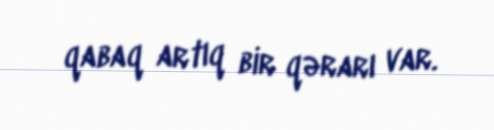
qabaq artıq bir qərarı var.